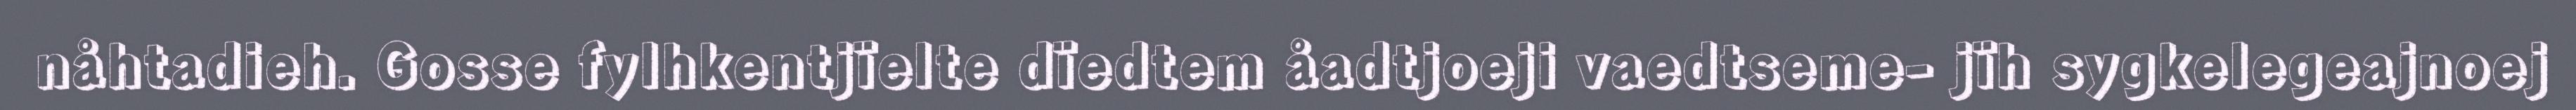
nåhtadieh. Gosse fylhkentjïelte dïedtem åadtjoeji vaedtseme- jïh sygkelegeajnoej